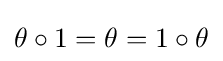
\theta \circ 1=\theta =1\circ \theta